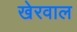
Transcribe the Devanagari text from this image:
खेरवाल